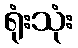
ရုံးသုံး